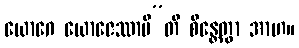
ယောဂေ ယောဇေဿာမီ”တိ စိန္တေတွာ အာဟ။